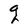
Character: q